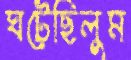
ঘটেছিলুম